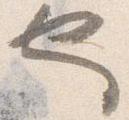
也